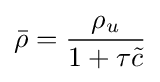
{\bar {\rho }}={\frac {\rho _{u}}{1+\tau {\tilde {c}}}}